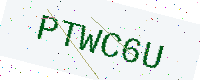
Text: PTWC6U